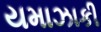
યમાઝાકી